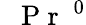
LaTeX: \mathrm{~\textit~{~P~r~}~}^{0}